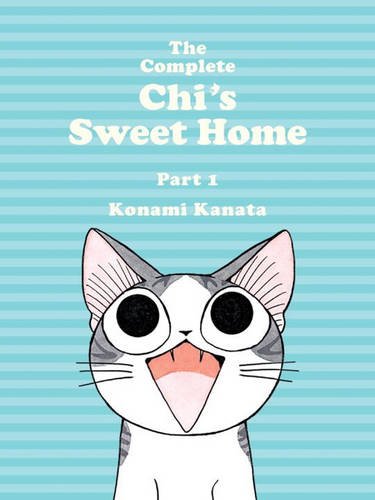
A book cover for The Complete Chi's Sweet Home, 1; Konami Kanata; Crafts, Hobbies & Home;